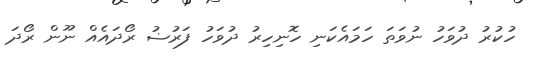
ހުކުރު ދުވަހު ނުވަތަ ހަމައެކަނި ހޮނިހިރު ދުވަހު ފަރުޟު ރޯދައެއް ނޫން ރޯދަ